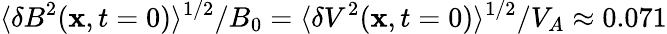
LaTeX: \langle\delta B^{2}(\mathbf{x},t=0)\rangle^{1/2}/B_{0}=\langle\delta V^{2}(\mathbf{x},t=0)\rangle^{1/2}/V_{A}\approx 0.071